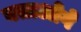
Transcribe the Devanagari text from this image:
बताओगे